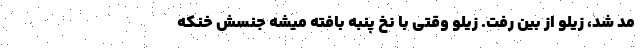
مُد شد، زیلو از بین رفت. زیلو وقتی با نخ پنبه بافته میشه جنسش خنکه